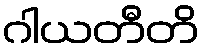
ဂါယတီတိ